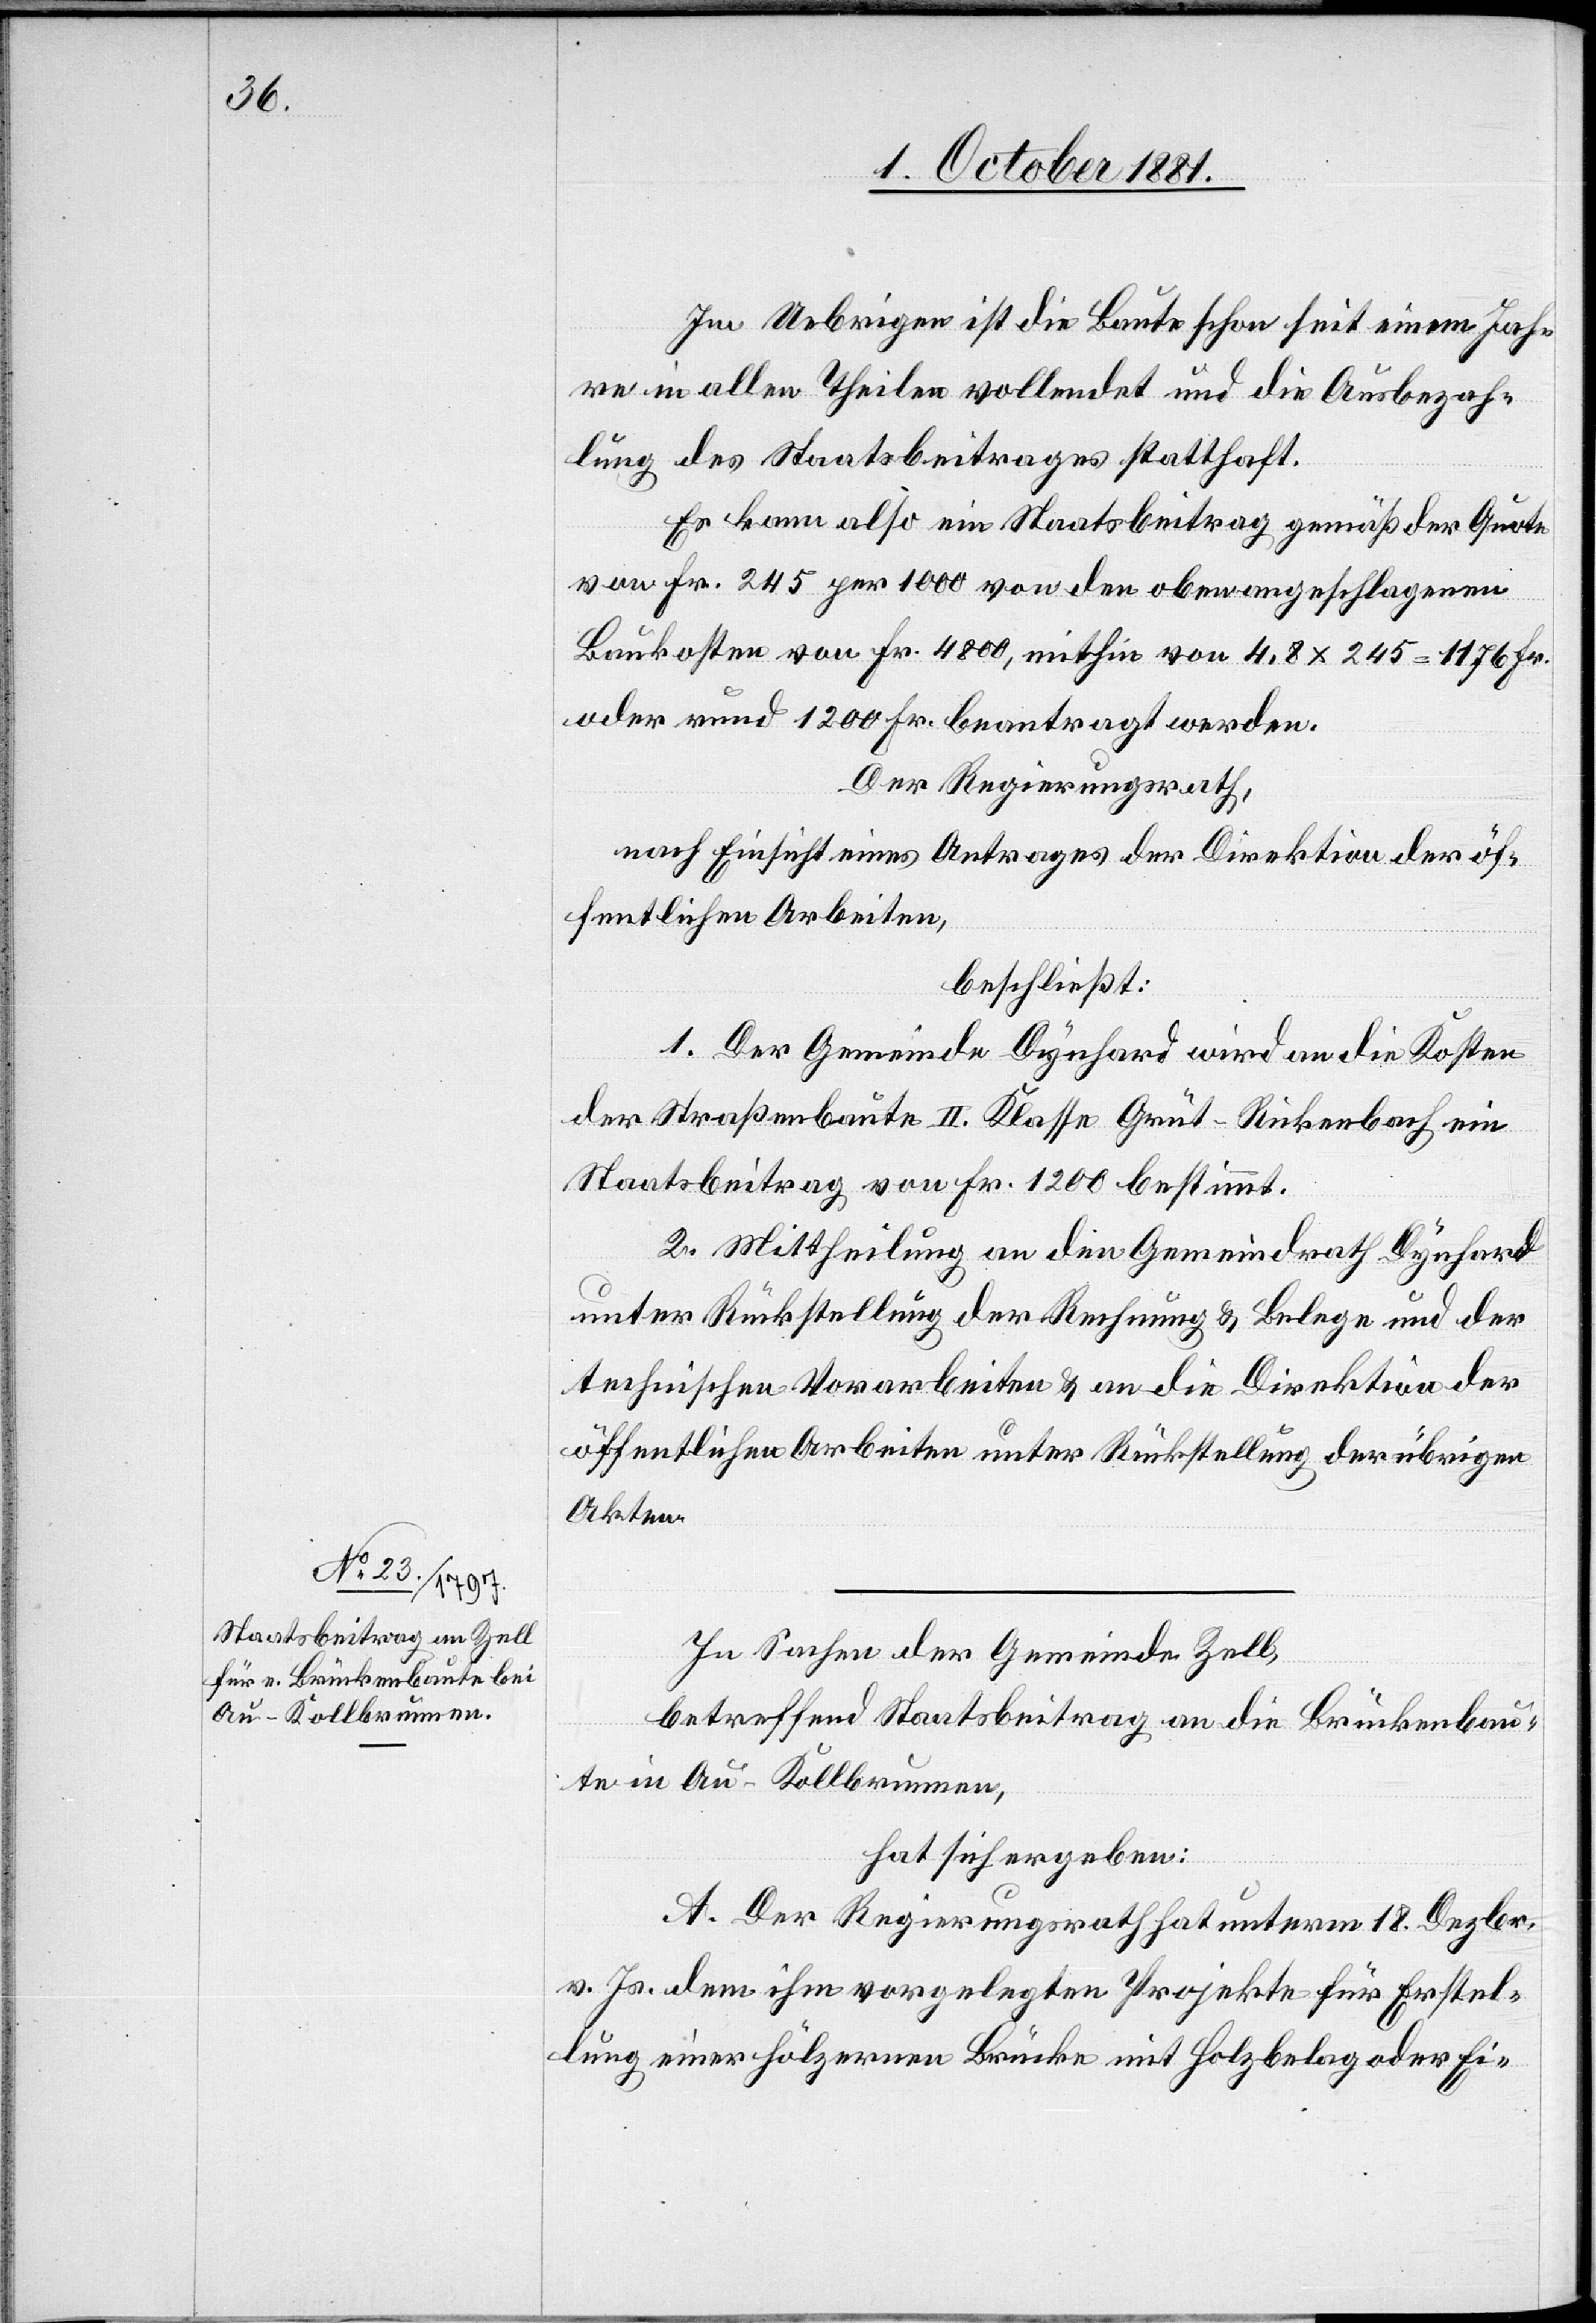
Im Uebrigen ist die Baute schon seit einem Jah¬
re in allen Theilen vollendet und die Ausbezah¬
lung des Staatsbeitrages statthaft.
Es kann also ein Staatsbeitrag gemäß der Quote
von Fr. 245 per 1000 von den oben angeschlagenen
Baukosten von Fr. 4800, mithin von 4,8 x 245 = 1176 Fr.
oder rund 1200 Fr. beantragt werden.
Der Regierungsrath,
nach Einsicht eines Antrages der Direktion der öf¬
fentlichen Arbeiten,
beschließt:
1. Der Gemeinde Dynhard wird an die Kosten
der Straßenbaute II. Klasse Grüt–Rickenbach ein
Staatsbeitrag von Fr. 1200 bestimmt.
2. Mittheilung an den Gemeindrath Dynhard
unter Rückstellung der Rechnung & Belege und der
technischen Vorarbeiten & an die Direktion der
öffentlichen Arbeiten unter Rückstellung der übrigen
Akten.
In Sachen der Gemeinde Zell,
betreffend Staatsbeitrag an die Brückenbau¬
te in Au - Kollbrunnen,
hat sich ergeben:
A. Der Regierungsrath hat unterm 18. Dezbr.
v. Js. dem ihm vorgelegten Projekte für Erstel¬
lung einer hölzernen Brücke mit Holzbelag oder Ei-